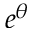
e ^ { \theta }